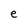
Character: e